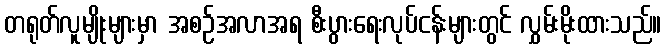
တရုတ်လူမျိုးများမှာ အစဉ်အလာအရ စီးပွားရေးလုပ်ငန်းများတွင် လွှမ်းမိုးထားသည်။